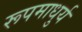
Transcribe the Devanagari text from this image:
रूपमाधुर्य